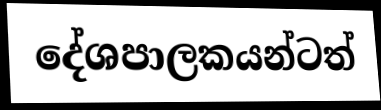
දේශපාලකයන්ටත්